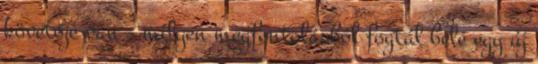
követője van – milyen megfontolásból fogtál bele egy új